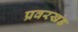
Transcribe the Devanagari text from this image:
प्रवरखंड